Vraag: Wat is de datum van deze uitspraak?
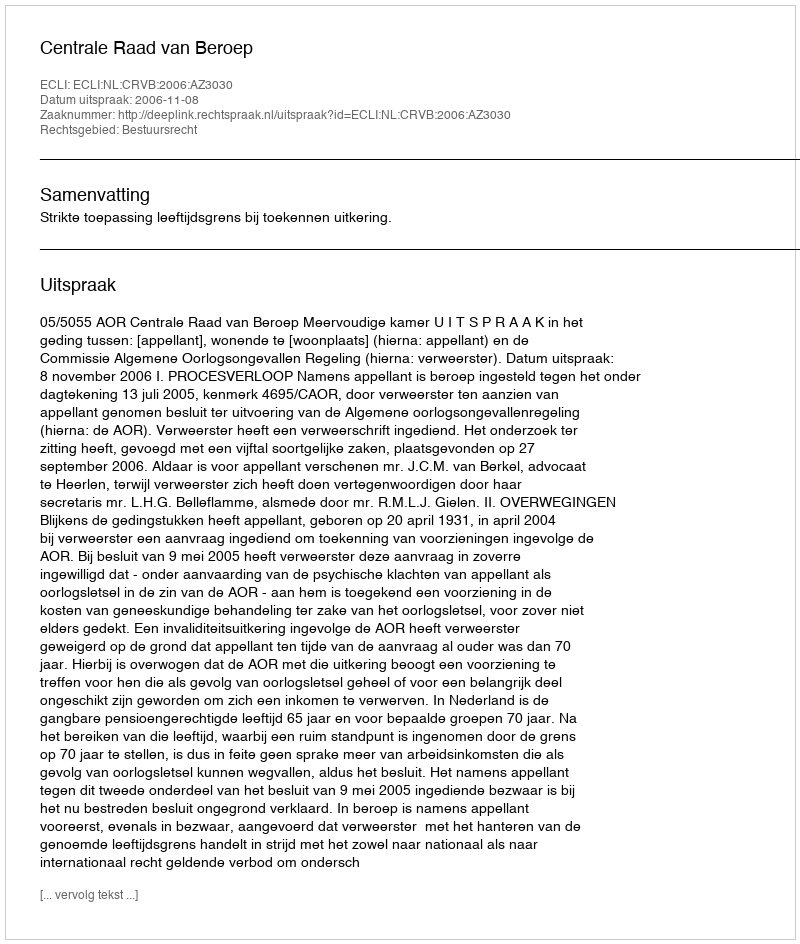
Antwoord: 2006-11-08